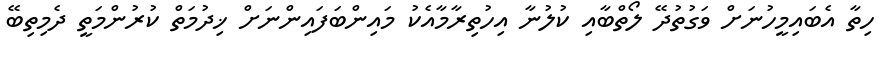
ހިތާ އެބައިމީހުނަށް ވަގުތުދޭ ލޯތްބާއި ކުލުނާ އިހުތިރާމާއެކު މައިންބަފައިންނަށް ޚިދުމަތް ކުރުންމަތީ ދެމިތިބޭ